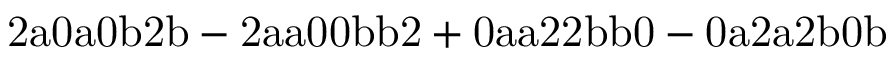
\mathrm { 2 a 0 a 0 b 2 b - 2 a a 0 0 b b 2 + 0 a a 2 2 b b 0 - 0 a 2 a 2 b 0 b }